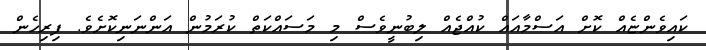
ކައިވެންޏެއް ކޮށް އަސްމާއައް ކުއްޖެއް ލިބުނީވެސް މި މަސައްކަތް ކުރަމުން އަންނަނިކޮށެވެ. ފިރިހެން